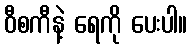
ဝီစကီနဲ့ ရေကို ပေးပါ။